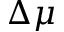
\Delta \mu